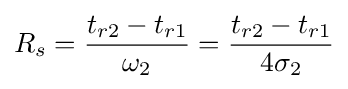
R_{s}={\frac {t_{r2}-t_{r1}}{\omega _{2}}}={\frac {t_{r2}-t_{r1}}{4\sigma _{2}}}